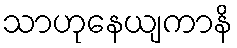
သာဟုနေယျကာနိ